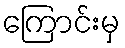
ကြောင်းမှ